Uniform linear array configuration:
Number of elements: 32
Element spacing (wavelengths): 0.75
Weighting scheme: hann
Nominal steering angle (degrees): -15
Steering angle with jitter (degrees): -16.053
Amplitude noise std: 0.05
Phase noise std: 0.05

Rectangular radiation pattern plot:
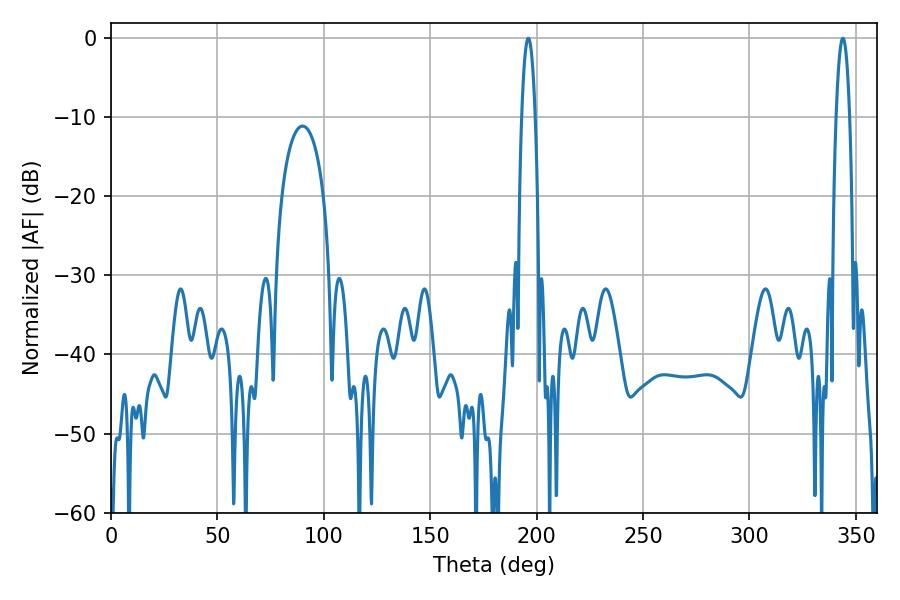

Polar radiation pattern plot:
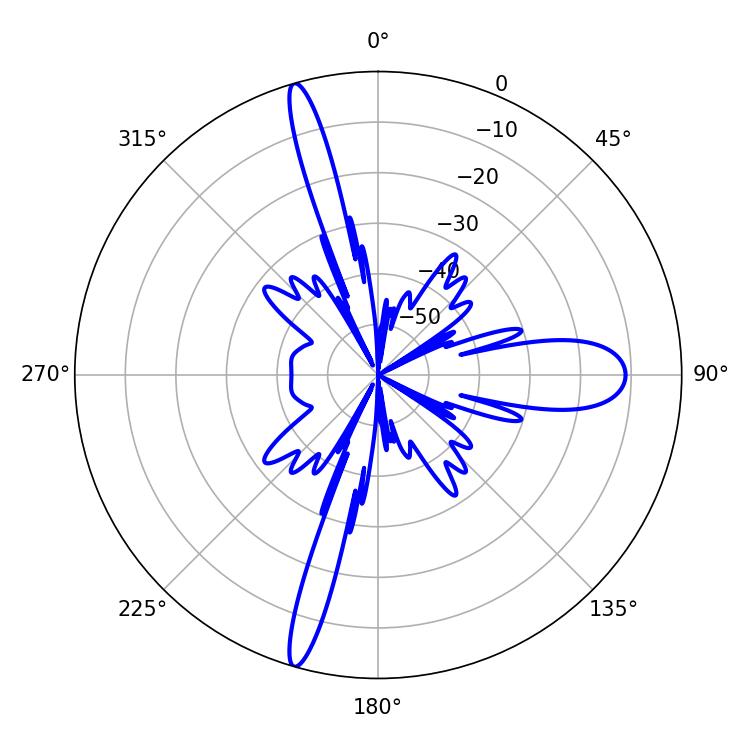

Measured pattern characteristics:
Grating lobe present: TRUE
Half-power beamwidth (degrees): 3.42
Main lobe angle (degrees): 196.02